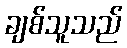
ချစ်သူသည်